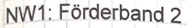
Text: NW1: Förderband 2